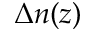
\Delta n ( z )